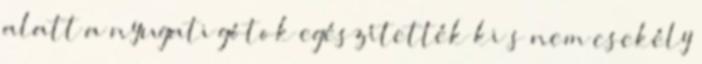
alatt a nyugati gótok egészítették ki s nem csekély